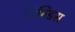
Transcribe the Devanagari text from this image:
विग्डिस